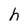
Character: h